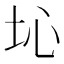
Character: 𡉾